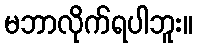
မဘာလိုက်ရပါဘူး။